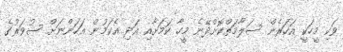
ވަކި މީހަކީ އަހަރެން ސަލާމަތްކޮށްދޭނެ މީހާ ކަމަށާއި އަދި އެކަމުން އަހަންނަށް ސުވަރުގެ